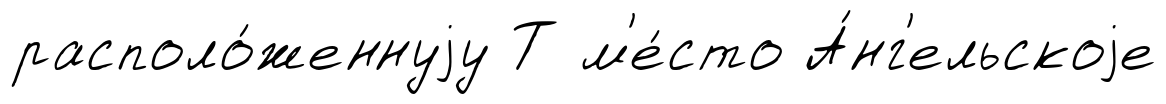
располо́женнуjу Т м'е́сто А́нг'ельскоjе